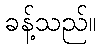
ခန့်သည်။